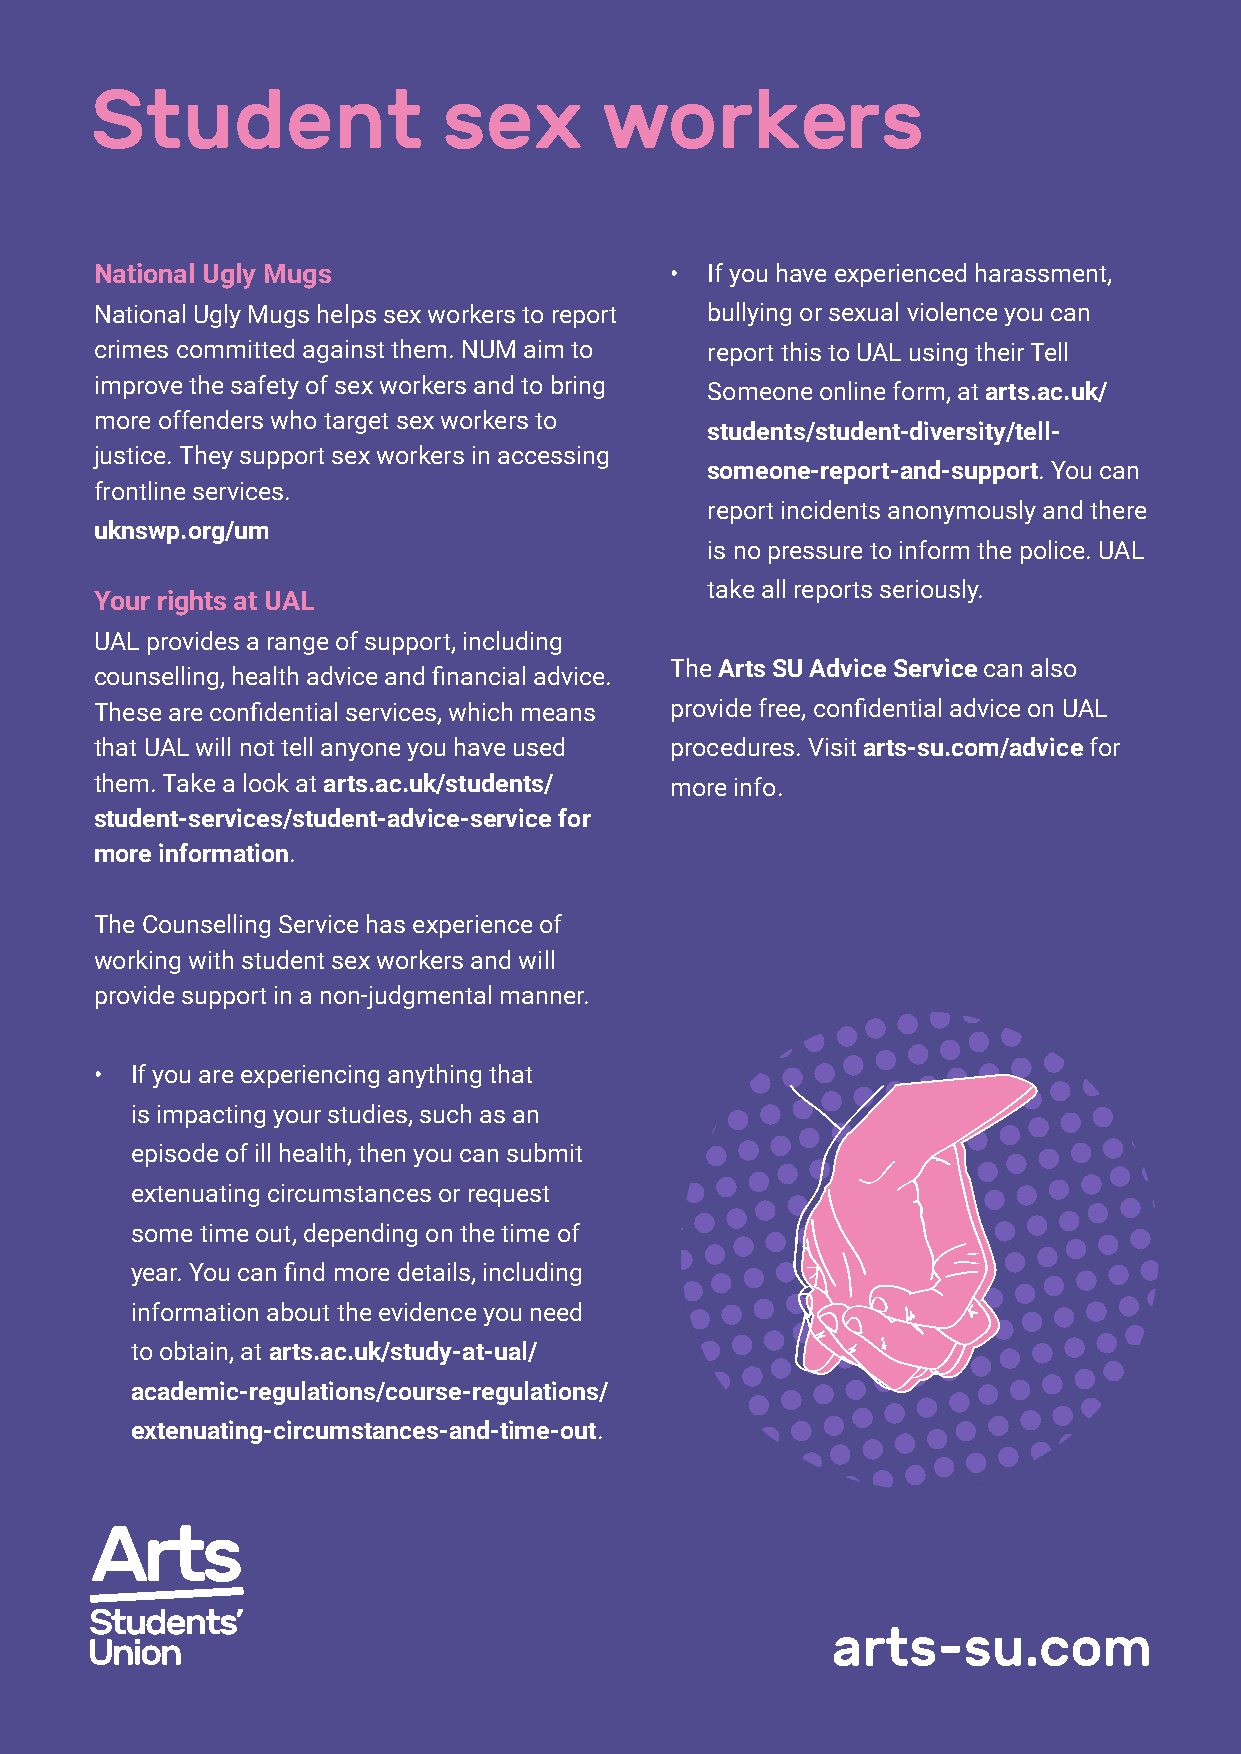
Student                sex        workers
 National Ugly Mugs                    •  If you have experienced harassment,
 National Ugly Mugs helps sex workers to report bullying or sexual violence you can
 crimes committed against them. NUM aim to report this to UAL using their Tell
 improve the safety of sex workers and to bring
 Someone online form, at arts.ac.uk/
 more offenders who target sex workers to
 students/student-diversity/tell-
 justice. They support sex workers in accessing
 someone-report-and-support. You can
 frontline services.
 report incidents anonymously and there
 uknswp.org/um
 is no pressure to inform the police. UAL
 take all reports seriously.
 Your rights at UAL
 UAL provides a range of support, including
 The Arts SU Advice Service can also
 counselling, health advice and financial advice.
 These are confidential services, which means provide free, confidential advice on UAL
 that UAL will not tell anyone you have used procedures. Visit arts-su.com/advice for
 them. Take a look at arts.ac.uk/students/ more info.
 student-services/student-advice-service for
 more information.
 The Counselling Service has experience of
 working with student sex workers and will
 provide support in a non-judgmental manner.
 •  If you are experiencing anything that
 is impacting your studies, such as an
 episode of ill health, then you can submit
 extenuating circumstances or request
 some time out, depending on the time of
 year. You can find more details, including
 information about the evidence you need
 to obtain, at arts.ac.uk/study-at-ual/
 academic-regulations/course-regulations/
 extenuating-circumstances-and-time-out.
 arts-su.com